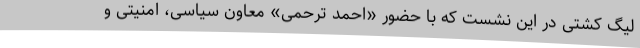
لیگ کشتی در این نشست که با حضور «احمد ترحمی» معاون سیاسی، امنیتی و